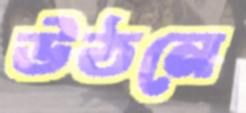
উঠনে